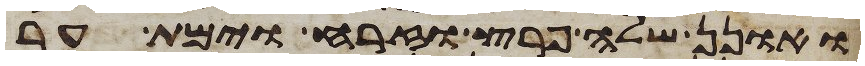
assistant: ואונן שלה פרץ וזרח וימת ער